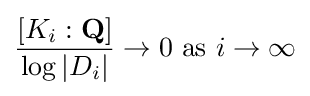
{\frac {[K_{i}:\mathbf {Q} ]}{\log |D_{i}|}}\to 0{\text{ as }}i\to \infty